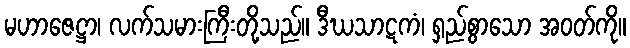
မဟာဇေဋ္ဌာ၊ လက်သမားကြီးတို့သည်။ ဒီဃသာဋကံ၊ ရှည်စွာသော အဝတ်ကို။